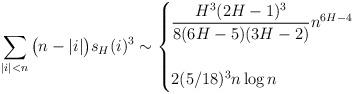
LaTeX: \begin{align*} \sum_{\vert i \vert < n} \big(n - \vert i\vert \big) s_H(i)^3 \sim \begin{cases} \dfrac{H^3(2H-1)^3}{8(6H-5)(3H-2)} n^{6H-4} & \\ \quad\\ 2 (5/18)^3 n \log n & \end{cases} \end{align*}